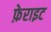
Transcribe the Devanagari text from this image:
फ़ेराइट